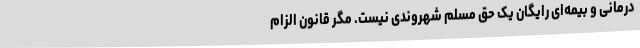
درمانی و بیمه‌ای رایگان یک حق مسلم شهروندی نیست. مگر قانون الزام